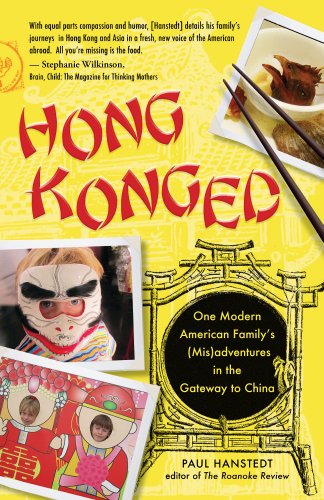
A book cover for Hong Konged: One Modern American Family's (Mis)adventures in the Gateway to China; Paul Hanstedt; Travel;